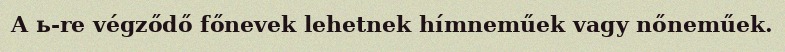
A ь-re végződő főnevek lehetnek hímneműek vagy nőneműek.